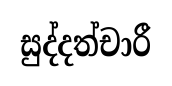
සුද්දත්චාරී